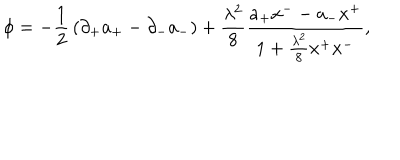
\phi = - { \frac { 1 } { 2 } } \left( \partial _ { + } a _ { + } - \partial _ { - } a _ { - } \right) + { \frac { \lambda ^ { 2 } } { 8 } } { \frac { a _ { + } x ^ { -- } a _ { - } x ^ { + } } { 1 + { \frac { \lambda ^ { 2 } } { 8 } } x ^ { + } x ^ { - } } } ,